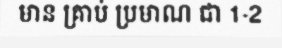
មាន គ្រាប់ ប្រមាណ ជា 1-2